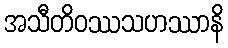
အသီတိဝဿသဟဿာနိ